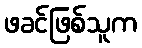
ဖခင်ဖြစ်သူက